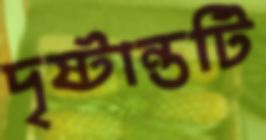
দৃষ্টান্তটি